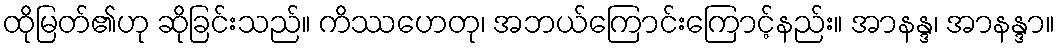
ထိုမြတ်၏ဟု ဆိုခြင်းသည်။ ကိဿဟေတု၊ အဘယ်ကြောင်းကြောင့်နည်း။ အာနန္ဒ၊ အာနန္ဒာ။